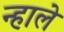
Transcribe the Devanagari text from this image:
न्हाले